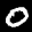
Label: 0